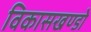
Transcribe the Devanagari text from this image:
विकासखण्डो